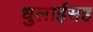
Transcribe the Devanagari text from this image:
धुलाईसह